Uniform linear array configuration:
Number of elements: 4
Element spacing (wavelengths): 0.25
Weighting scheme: hann
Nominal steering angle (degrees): -15
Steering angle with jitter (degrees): -15.496
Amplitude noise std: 0.05
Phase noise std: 0.05

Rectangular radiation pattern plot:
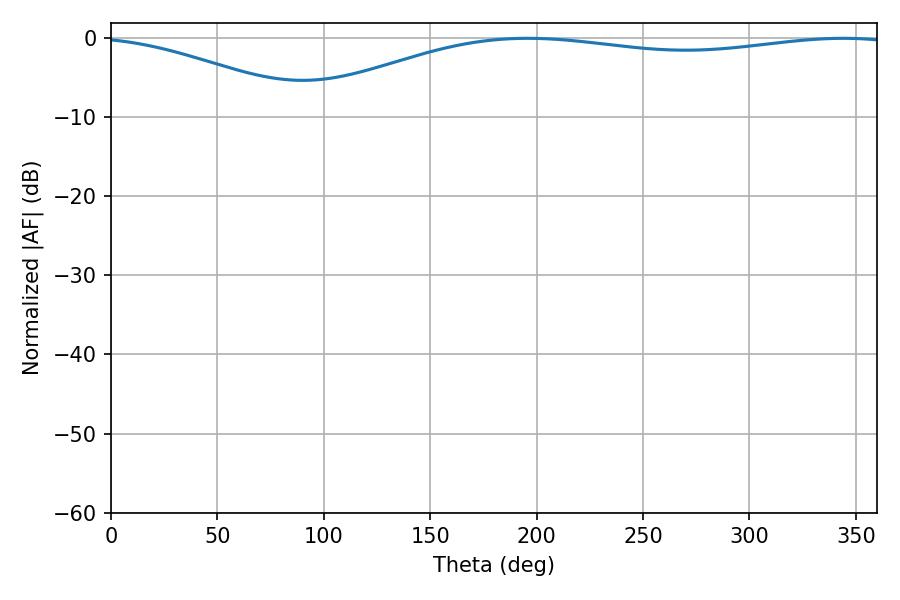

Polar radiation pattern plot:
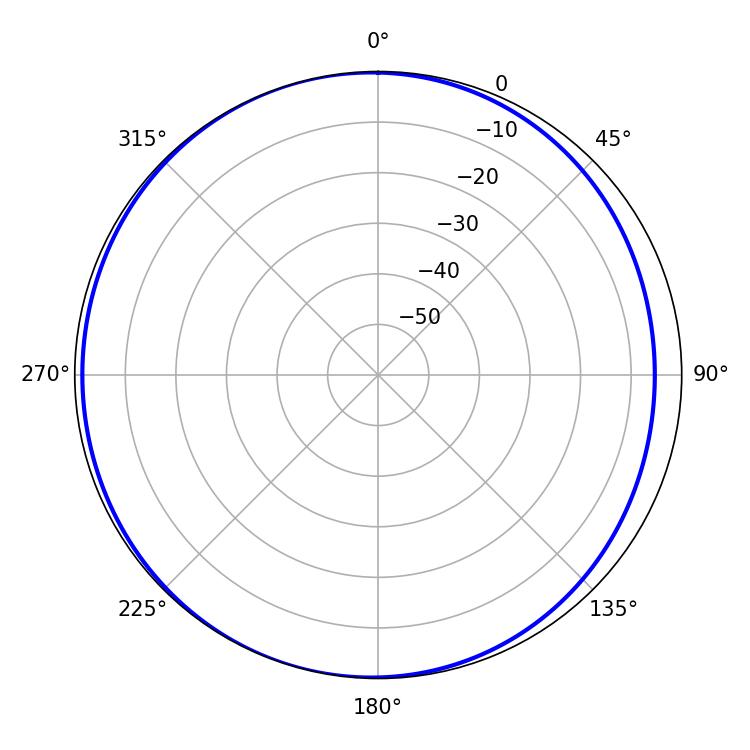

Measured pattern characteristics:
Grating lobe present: FALSE
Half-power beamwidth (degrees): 226.62
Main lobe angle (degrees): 344.16